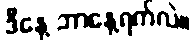
ဒီနေ့ ဘာနေ့ရက်လဲ။